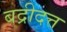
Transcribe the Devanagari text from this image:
बद्रीदत्त